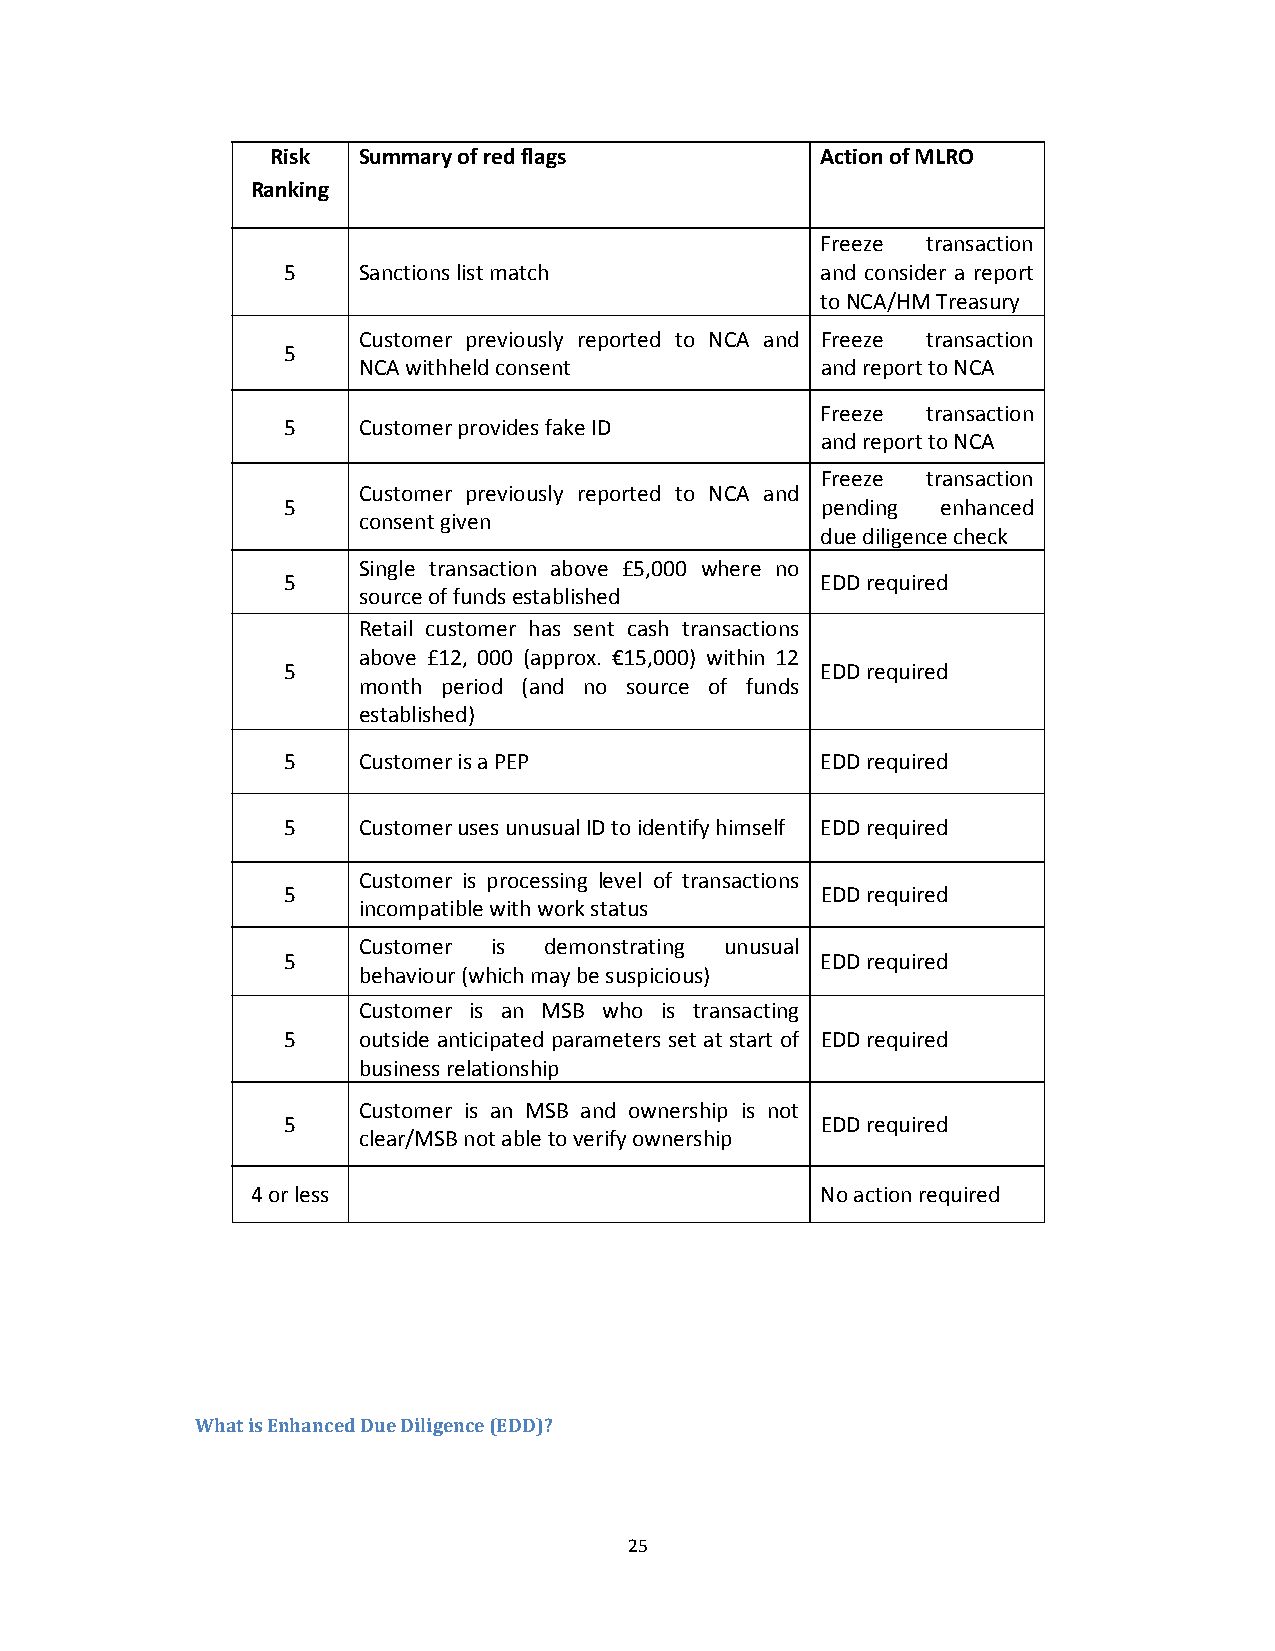
Risk  Summary of red flags          Action of MLRO
 Ranking
 Freeze transaction
 5    Sanctions list match          and consider a report
 to NCA/HM Treasury
 Customer previously reported to NCA and Freeze transaction
 5
 NCA withheld consent          and report to NCA
 Freeze transaction
 5    Customer provides fake ID
 and report to NCA
 Freeze transaction
 Customer previously reported to NCA and
 5                                  pending enhanced
 consent given
 due diligence check
 Single transaction above £5,000 where no
 5                                  EDD required
 source of funds established
 Retail customer has sent cash transactions
 above £12, 000 (approx. €15,000) within 12
 5                                  EDD required
 month period (and no source of funds
 established)
 5    Customer is a PEP             EDD required
 5    Customer uses unusual ID to identify himself EDD required
 Customer is processing level of transactions
 5                                  EDD required
 incompatible with work status
 Customer is demonstrating unusual
 5                                  EDD required
 behaviour (which may be suspicious)
 Customer is an MSB who is transacting
 5    outside anticipated parameters set at start of EDD required
 business relationship
 Customer is an MSB and ownership is not
 5                                  EDD required
 clear/MSB not able to verify ownership
 4 or less                            No action required
 What is Enhanced Due Diligence (EDD)?
 25